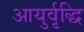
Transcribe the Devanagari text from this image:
आयुर्वृद्धि